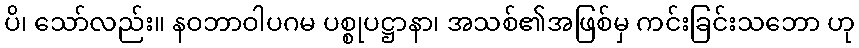
ပိ၊ သော်လည်း။ နဝဘာဝါပဂမ ပစ္စုပဋ္ဌာနာ၊ အသစ်၏အဖြစ်မှ ကင်းခြင်းသဘော ဟု